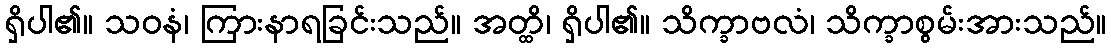
ရှိပါ၏။ သဝနံ၊ ကြားနာရခြင်းသည်။ အတ္ထိ၊ ရှိပါ၏။ သိက္ခာဗလံ၊ သိက္ခာစွမ်းအားသည်။